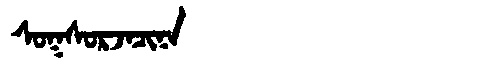
Manchu: ᠰᠣᡴᠰᠣᡵᠵᠠᠴᡳᠨᠠ
Romanization: SOKSORJACINA